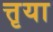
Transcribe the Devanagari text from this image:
त्तृया